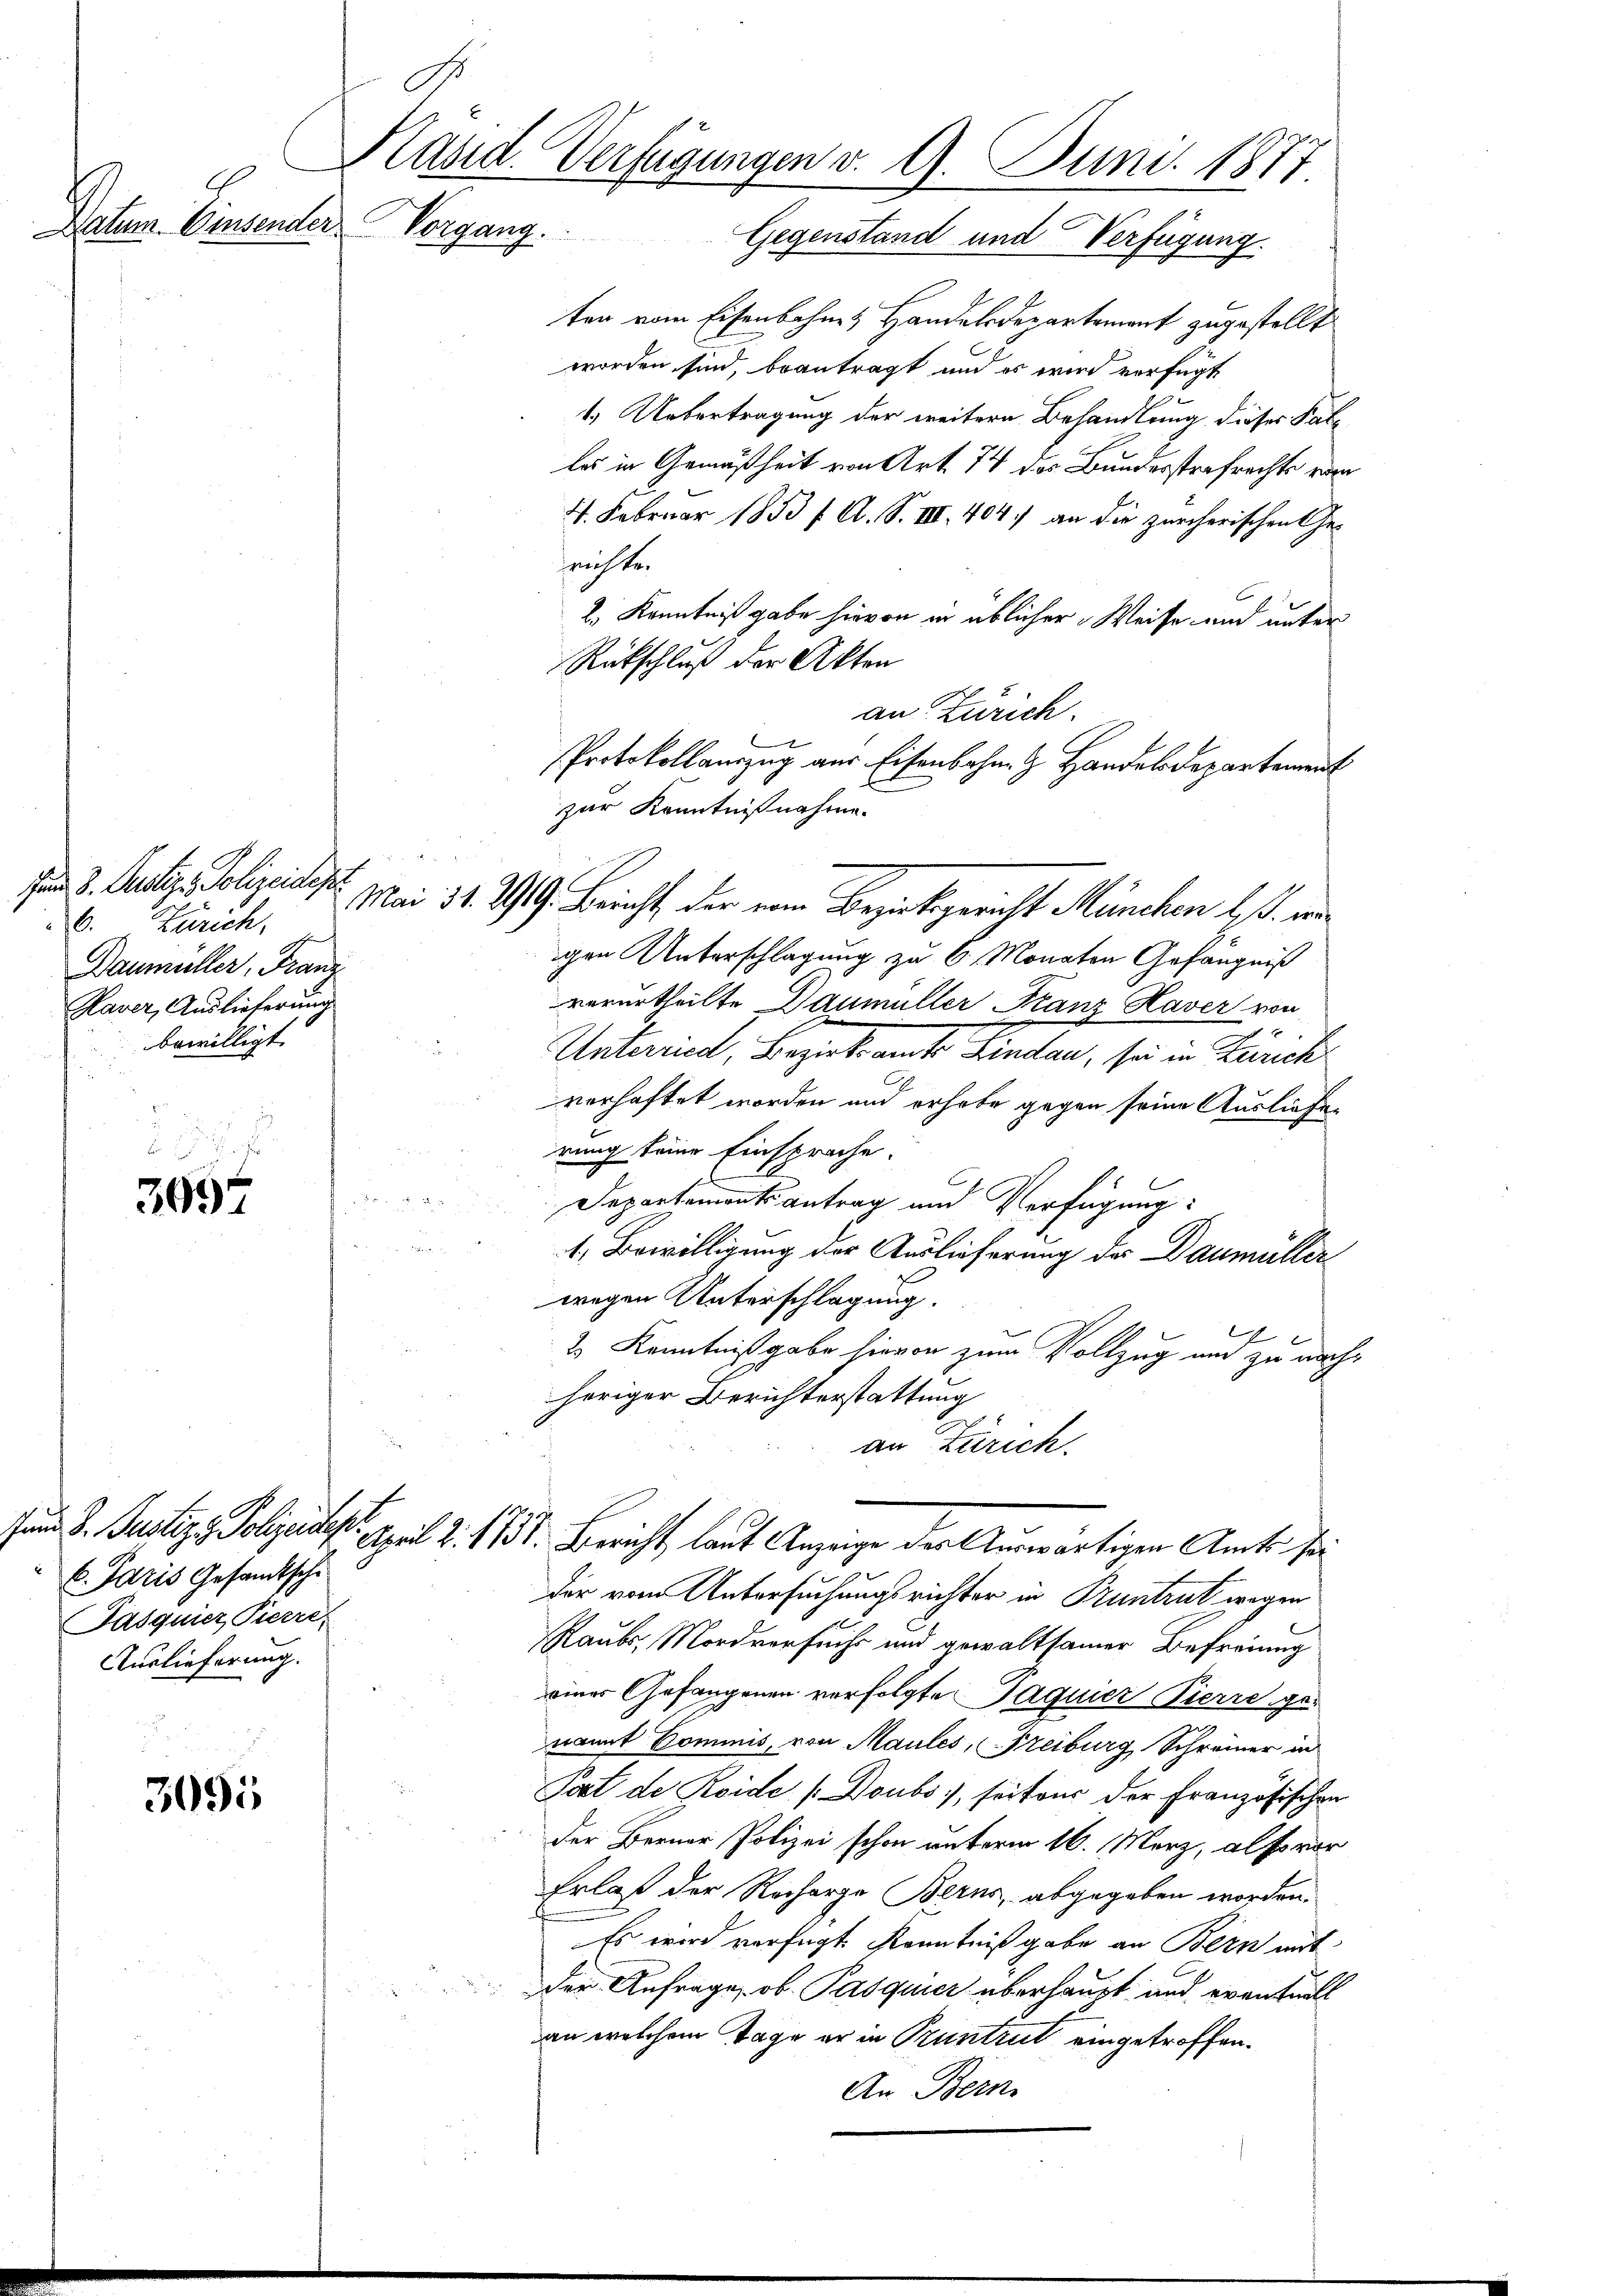
Datum. Einsender Vorgang.

3694

6. Paris Gesandtsche
Pasquier Pierre,
Auslieferung. |

3095

C. Zürich,
Baumüller, Franz
Kaver, Auslieferung
bewilligt.

Kläsid. Verfügungen v. 9. Juni 1877
Gegenstand und Verfügung.

ten vom Eisenbohnes Handelsdepartement zugestellt
worden sind, beantragt und es wird verfügt
1.) Uebertragung der weitern Behandlung dieses Paleles in Gemäßheit von Art. 74 des Bundesstrafrechte von
41. Februar 1833 f. A. S. III. 404. an die zürcherischen Gefrichte.
2.) Kenntniß gabe hievon in üblicher Weise und unter
Rückschluß der Akten
an Zürich.

Protokollauszug aus Eisenbahn. G. Handelsdepartement
zur Kenntnißnahme.
gen Unterschlagung zu 6 Monaten Gefängniß
verurtheilte Daumüller Franz Haver von
Unterial, Bezirksamte Lindau, sie in Zürich
verhaftet worden und erhabe gegen seine Ausliefer
rung keine Einsprache.
Departamentsantrag und Verfügung:
1. Bewilligung der Auslieferung der Daumüller
wegen Unterschlagung.
2 Kenntnißgabe hievon zum Vollzug und zu nachheriger Berichterstattung
E
an Zürich.
Fand. B. Justiz, Polizeides. April 2. 1751. Bericht, laut Anzeige der Auswärtigen Amts sei
Dir vom Untersuchungsrichter in Pruntrut wegen
Raubes Mordversucht und gewaltsamer Befreiung
einer Gefangenen verfolgte Jaquier Pierre genamnt Commis, von Maules, Freiburg Schreiner in
Post de Roide (Doubs), seitens der Französischen
Der Berner Polizei schon unterm 16. März, also vor
Erlaß der Recharge Berns, abgegeben worden.
Es wird verfügt Kenntnißgabe an Bern mit
der Anfrage, ob Pasquier überhaupt und eventuell
an welchem Tage er in Pruntrut eingetroffen.
An Bern

Den 3. Seite Polizeichist. Mai 31. 219. Bericht, der von Bezirksgericht München lt. wi